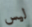
ليس